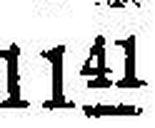
1141